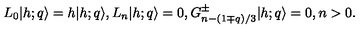
L _ { 0 } \vert { h ; q } \rangle = h \vert { h ; q } \rangle { } , { } { } { } L _ { n } \vert { h ; q } \rangle = 0 { } , { } { } { } G _ { n - ( 1 \mp q ) / 3 } ^ { \pm } \vert { h ; q } \rangle = 0 { } , { } { } { } n > 0 { } .